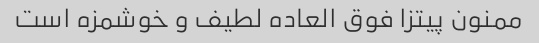
ممنون پیتزا فوق العاده لطیف و خوشمزه است